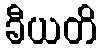
ခီယတိ